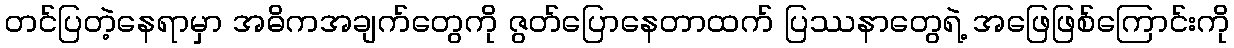
တင်ပြတဲ့နေရာမှာ အဓိကအချက်တွေကို ဇွတ်ပြောနေတာထက် ပြဿနာတွေရဲ့ အဖြေဖြစ်ကြောင်းကို